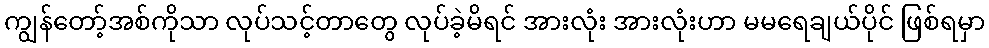
ကျွန်တော့်အစ်ကိုသာ လုပ်သင့်တာတွေ လုပ်ခဲ့မိရင် အားလုံး အားလုံးဟာ မမရေချယ်ပိုင် ဖြစ်ရမှာ